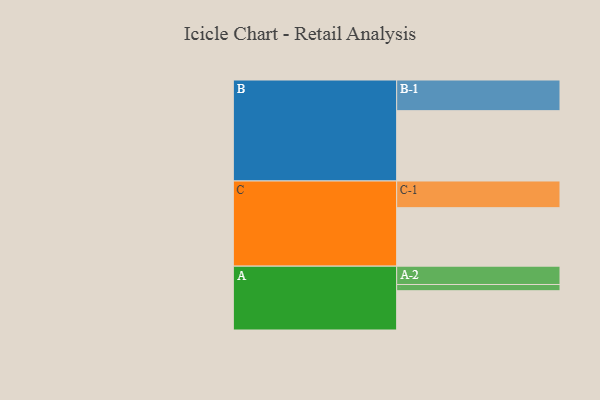
{"axis": {"x": "Segment", "y": "Value"}, "legend": ["", "A", "B", "C"], "data": [{"x": "A", "y": 315, "type": ""}, {"x": "B", "y": 564, "type": ""}, {"x": "C", "y": 469, "type": ""}, {"x": "A-1", "y": 50, "type": "A"}, {"x": "A-2", "y": 147, "type": "A"}, {"x": "B-1", "y": 246, "type": "B"}, {"x": "C-1", "y": 214, "type": "C"}]}